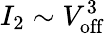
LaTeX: I_{2}\sim V_{\mathrm{off}}^{3}